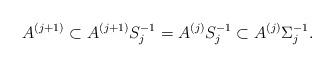
LaTeX: \begin{align*}A^{(j+1)} \subset A^{(j+1)}S_j^{-1}=A^{(j)}S_j^{-1}\subset A^{(j)}\Sigma_j^{-1}.\end{align*}